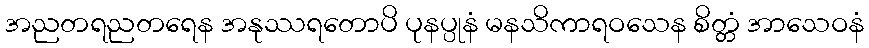
အညတရညတရေန အနုဿရတောပိ ပုနပ္ပုနံ မနသိကာရဝသေန စိတ္တံ အာသေဝနံ